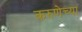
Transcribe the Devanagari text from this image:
करुणेच्या